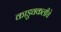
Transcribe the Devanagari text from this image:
काडुवकलीचे